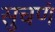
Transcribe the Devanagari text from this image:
सुचणं